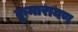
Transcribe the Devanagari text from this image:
कुमारायण